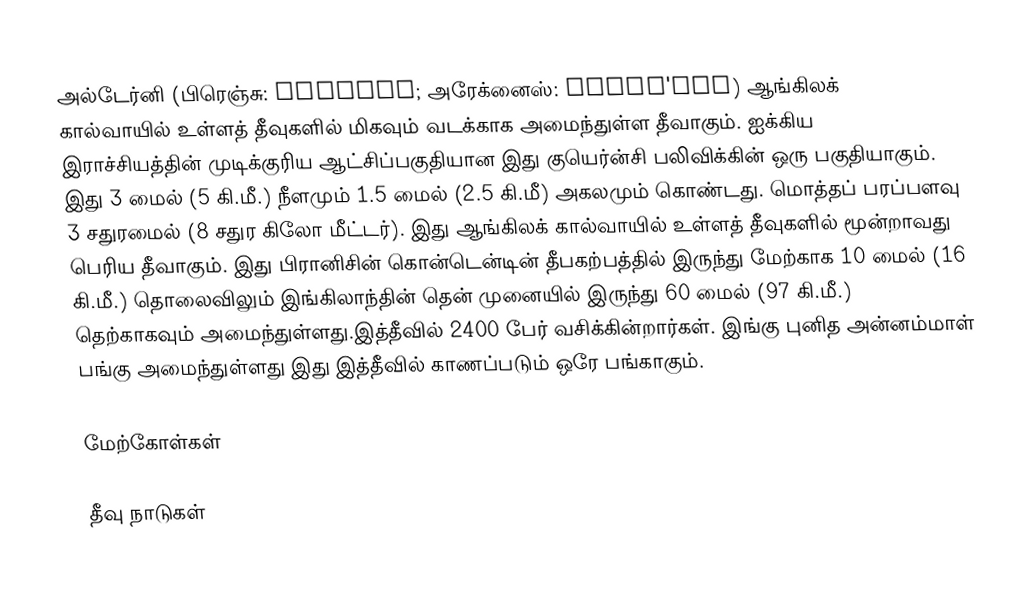
அல்டேர்னி (பிரெஞ்சு: Aurigny; அரேக்னைஸ்: Aoeur'gny) ஆங்கிலக் கால்வாயில் உள்ளத் தீவுகளில் மிகவும் வடக்காக அமைந்துள்ள தீவாகும். ஐக்கிய இராச்சியத்தின் முடிக்குரிய ஆட்சிப்பகுதியான இது குயெர்ன்சி பலிவிக்கின் ஒரு பகுதியாகும். இது 3 மைல் (5 கி.மீ.) நீளமும் 1.5 மைல் (2.5 கி.மீ) அகலமும் கொண்டது. மொத்தப் பரப்பளவு 3 சதுரமைல் (8 சதுர கிலோ மீட்டர்). இது ஆங்கிலக் கால்வாயில் உள்ளத் தீவுகளில் மூன்றாவது பெரிய தீவாகும். இது பிரானிசின் கொன்டென்டின் தீபகற்பத்தில் இருந்து மேற்காக 10 மைல் (16 கி.மீ.) தொலைவிலும் இங்கிலாந்தின் தென் முனையில் இருந்து 60 மைல் (97 கி.மீ.) தெற்காகவும் அமைந்துள்ளது.இத்தீவில் 2400 பேர் வசிக்கின்றார்கள். இங்கு புனித அன்னம்மாள் பங்கு அமைந்துள்ளது இது இத்தீவில் காணப்படும் ஒரே பங்காகும்.

மேற்கோள்கள்

தீவு நாடுகள்